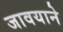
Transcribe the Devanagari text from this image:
जावयाने